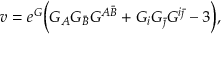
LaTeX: v = e ^ { G } \biggl ( G _ { A } G _ { \bar { B } } G ^ { A \bar { B } } + G _ { i } G _ { \bar { \jmath } } G ^ { i \bar { \jmath } } - 3 \biggr ) ,